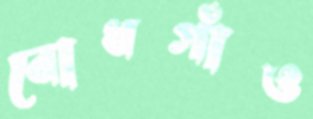
বোধগাঁও